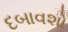
દબાવશો